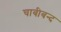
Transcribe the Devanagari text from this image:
चाबीबन्द